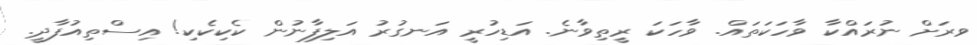
ވރަށް ނުރައްކާ ވާހަކަތައް. ވާހަކަ ރީތިވާނެ. އަޑިހުރީ އަނގުރު އަލިފާނުން ކެކިކެކި! އިސްތިއުފާދީ.